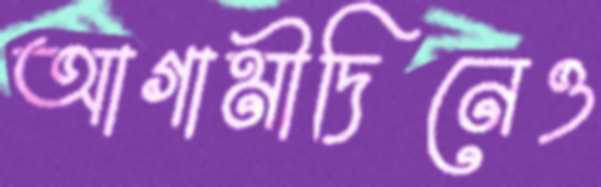
আগামীদিনেও